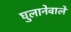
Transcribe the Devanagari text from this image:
घुलानेवाले